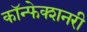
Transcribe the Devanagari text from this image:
कॉन्फेक्शनरी